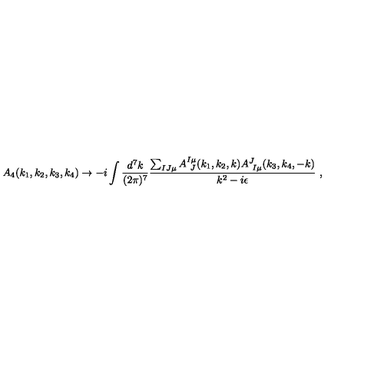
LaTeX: A _ { 4 } ( k _ { 1 } , k _ { 2 } , k _ { 3 } , k _ { 4 } ) \rightarrow - i \int { \frac { d ^ { 7 } k } { ( 2 \pi ) ^ { 7 } } } { \frac { \sum _ { I J \mu } A _ { \ J } ^ { I \mu } ( k _ { 1 } , k _ { 2 } , k ) A _ { \ I \mu } ^ { J } ( k _ { 3 } , k _ { 4 } , - k ) } { k ^ { 2 } - i \epsilon } } \ ,